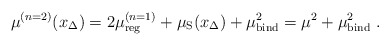
\begin{align*}\mu^{(n=2)}(x_\Delta)= 2 \mu_{\rm reg}^{(n=1)} + \mu_{\rm S}(x_\Delta)+ \mu_{\rm bind}^2= \mu^2 + \mu_{\rm bind}^2\ . \end{align*}